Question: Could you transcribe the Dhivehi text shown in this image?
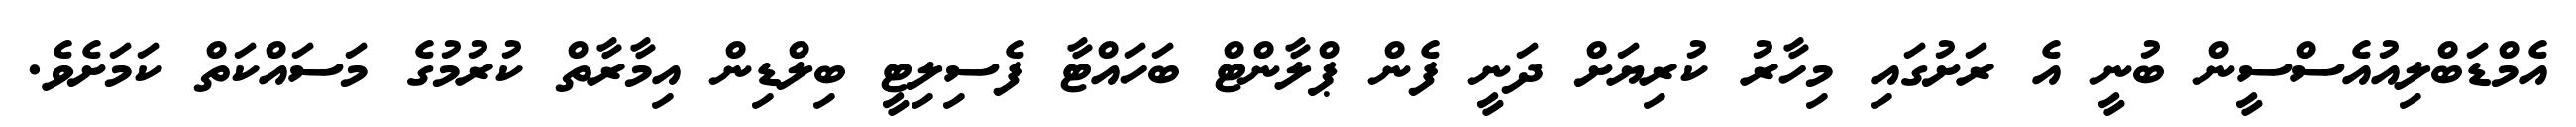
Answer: އެމްޑަބްލިއުއެސްސީން ބުނީ އެ ރަށުގައި މިހާރު ކުރިޔަށް ދަނީ ފެން ޕްލާންޓް ބަހައްޓާ ފެސިލިޓީ ބިލްޑިން އިމާރާތް ކުރުމުގެ މަސައްކަތް ކަމަށެވެ.